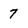
Character: 7